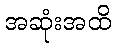
အဆုံးအထိ